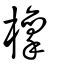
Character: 檁